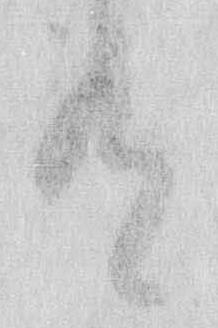
有